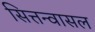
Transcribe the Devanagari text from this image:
सित्तन्वासल